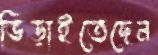
ভিড়াইতেছেন